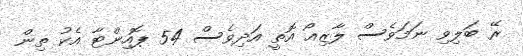
ރޭ ބަލިވި ނަމަވެސް ލާޒިއޯ އޮތީ އަދިވެސް 54 ޕޮއިންޓާ އެކު ތިން